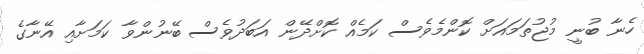
ހެނާ ބުނީ މުޖުތަމައަށް ކޮންމެވެސް ކަމެއް ކޮށްދޭން އަބަދުވެސް ބޭނުންވާ ކަމަށާއި އޭނާގެ